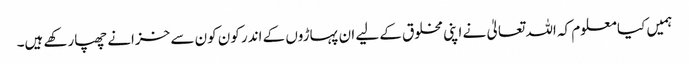
ہمیں کیا معلوم کہ اللہ تعالیٰ نے اپنی مخلوق کے لیے ان پہاڑوں کے اندر کون کون سے خزانے چھپارکھے ہیں۔